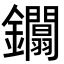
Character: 𨰏